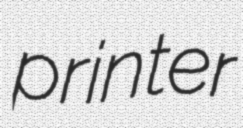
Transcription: printer